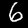
Digit: 6